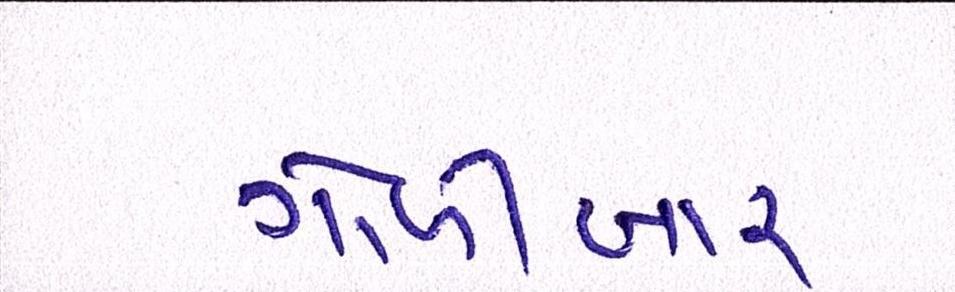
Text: ગોળીબાર